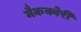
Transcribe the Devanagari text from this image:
मैकक्वेरी